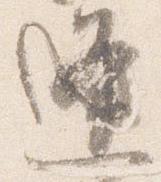
逢